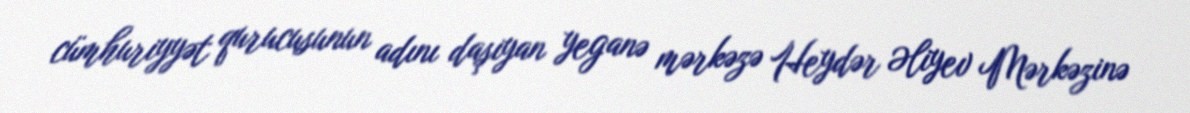
cümhuriyyət qurucusunun adını daşıyan yeganə mərkəzə Heydər Əliyev Mərkəzinə